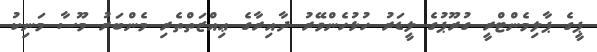
ޕީގެ ޕާލިމެންޓްރީ ގުރޫޕުގެ ލީޑަރު ހުޅުހެންވޭރު ދާއިރާގެ ޢިއްޒަތްތެރި މެންބަރު މޫސާ މަނިކު